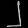
Digit: ၂